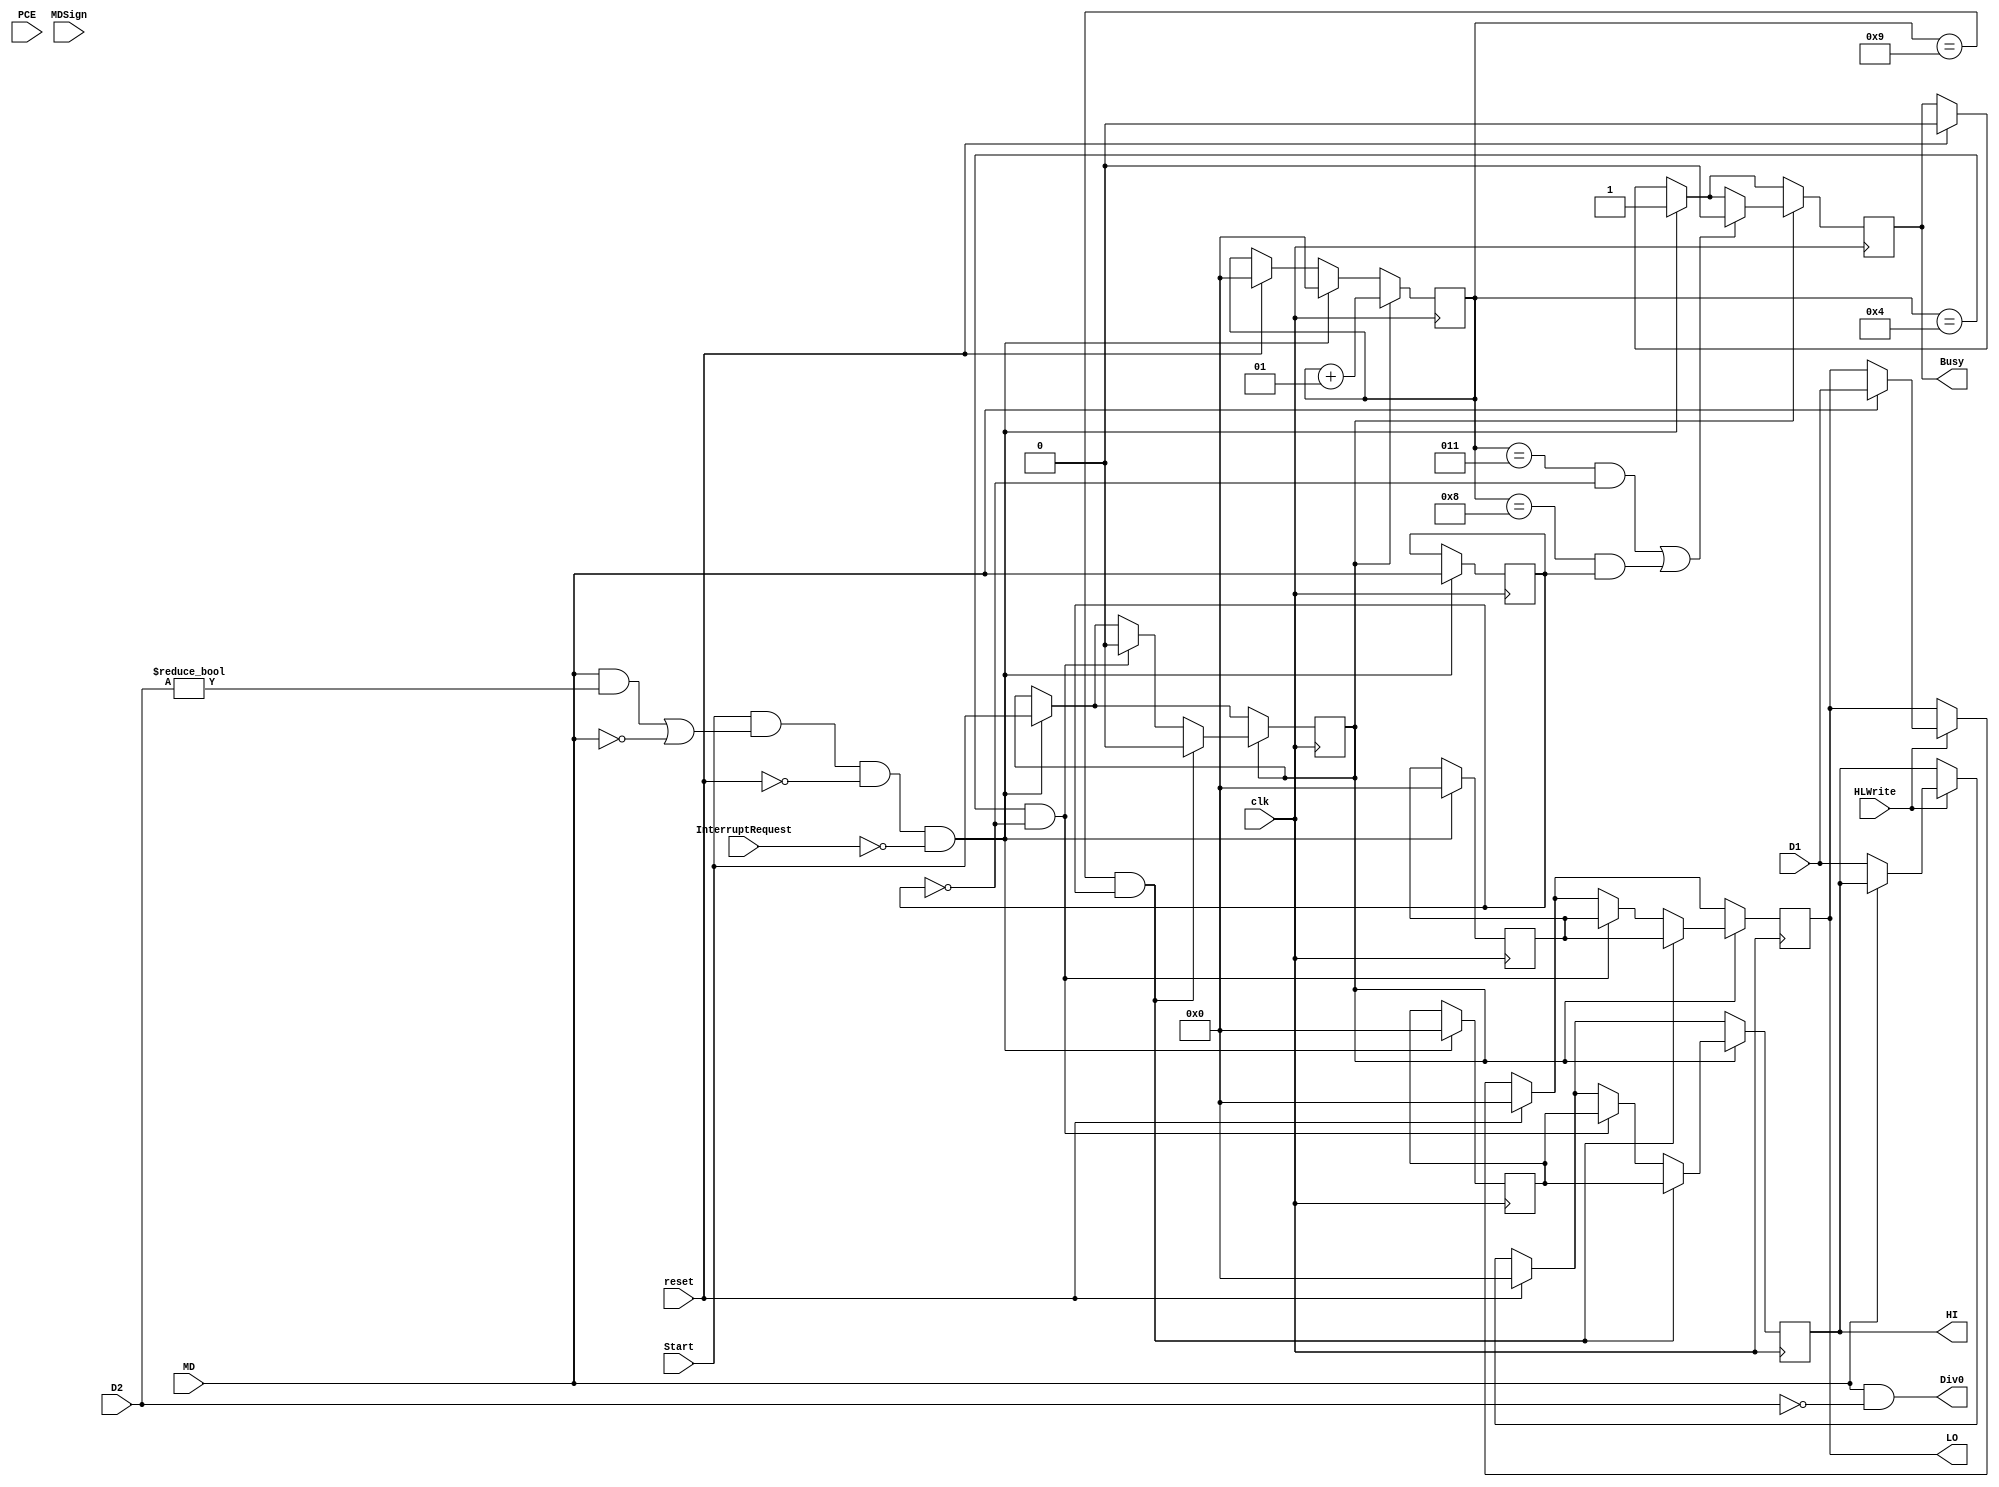
`timescale 1ns / 1ps
//////////////////////////////////////////////////////////////////////////////////
// Company: 
// Engineer: 
// 
// Design Name: 
// Module Name:    MD 
// Project Name: 
// Target Devices: 
// Tool versions: 
// Description: 
//
// Dependencies: 
//
// Revision: 
// Revision 0.01 - File Created
// Additional Comments: 
//
//////////////////////////////////////////////////////////////////////////////////
module MD(
	 input clk,
	 input reset,
    input signed[31:0] D1,
    input signed[31:0] D2,
    input Start,
    input MDSign,
    input MD,
	 input HLWrite,
	 input InterruptRequest,
	 input [31:0] PCE,
	 output reg Busy = 0,
    output reg [31:0] HI = 0,
    output reg [31:0] LO = 0,
	 output Div0
    );
	 
	 integer counter = 0;
	 reg StartS = 0;
	 reg [31:0] preHI2 = 0;
	 reg [31:0] preLO2 = 0;
	 reg [31:0] PCS = 0;
	 reg MDSignS = 0;
	 reg MDS = 0;
	 
	 wire signed[31:0] preHI;
	 wire signed[31:0] preLO;
	 
	 wire [32:0] udiv;
	 wire [32:0] umod;
	 wire [63:0] mult;
	 wire [63:0] umult;
	 
	 assign udiv =  0;//(D2 == 0) ? 0: {1'b0,D1}/{1'b0,D2};
	 assign umod =  0;//(D2 == 0) ? 0: {1'b0,D1}%{1'b0,D2};
	 
	 assign mult = 0;//D1 * D2;
	 assign umult = 0;//{1'b0,D1} * {1'b0,D2};
	 
	 assign {preHI,preLO} = 0;//(MD == 0 && MDSign == 1) ?  mult:
									//(MD == 0 && MDSign == 0) ?  umult:
									//(MD == 1 && MDSign == 1) ?  {D1%D2,D1/D2}:
									//{umod[31:0],udiv[31:0]};
									
	 assign Div0 = (MD == 1)&&(D2 == 0);
	 
	 always @(posedge clk) begin
		if (reset) begin 
			HI <= 0;
			LO <= 0;
			Busy <= 0;
			counter <= 0;
		end
		else if (HLWrite) begin
			if (MD == 0) begin
				$display("Hi <= %h",D1);
				HI <= D1;  //md 0 - hi ; md 1 - lo
			end
 			if (MD == 1) begin 
				$display("Lo <= %h",D1);
				LO <= D1;
			end
		end
		if (Start && ((MD == 1 && D2 != 0) || MD == 0) && ~reset && ~InterruptRequest) begin
			StartS <= Start;
			preHI2 <= preHI;
			preLO2 <= preLO;
			MDSignS <= MDSign;
			MDS <= MD;
			
			PCS <= PCE;
			
			Busy <= 1;
			counter <= 0;
		end
		
		if (StartS) begin
			counter <= counter+1;
			if ((counter == 4-1 && MDS == 0) || (counter == 9-1 && MDS == 1)) begin
				Busy <= 0;
			end
			if ((counter == 4 && MDS == 0)) begin
				StartS <= 0;
				//Busy <= 0;
				HI <= preHI2;
				LO <= preLO2;
				$display("Hi <= %h",preHI2);
				$display("Lo <= %h",preLO2);
				//$display("PCE : %h",PCS);
				//calculate mul
			end
			if ((counter == 9 && MDS == 1)) begin
				StartS <= 0;
				//Busy <= 0;
				HI <= preHI2;
				LO <= preLO2;
				$display("Hi <= %h",preHI2);
				$display("Lo <= %h",preLO2);
				//$display("PCE : %h",PCS);
				//calculate div
			end	
		end
	end
endmodule